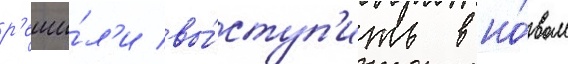
р'еши́л'и вы́ступ'ить в но́вом